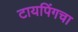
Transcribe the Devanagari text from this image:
टायपिंगचा